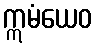
ဣမံယေဝ